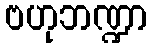
ဗဟုဘဏ္ဍာ